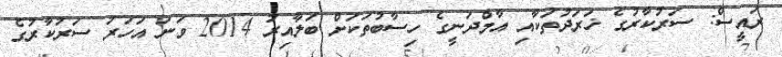
ރައީސް: ސަރުކާރުގެ ޚަރަދުތަކާއި އާމްދަނީގެ ހިސާބުތަކަށް ބަލާއިރު 2014 ވަނަ އަހަރު ސަރުކާރުގެ